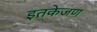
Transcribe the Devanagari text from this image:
इतकेजण